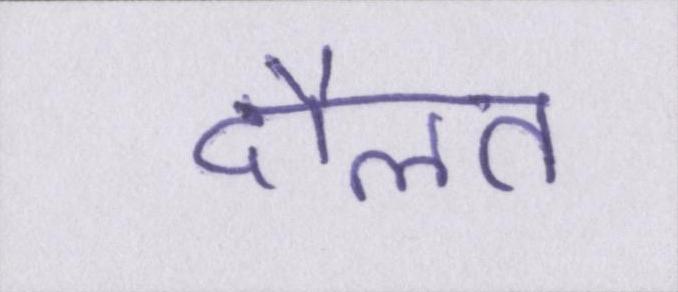
दौलत